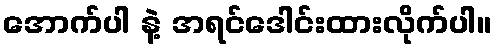
အောက်ပါ နဲ့ အရင်ဒေါင်းထားလိုက်ပါ။